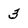
Character: 3